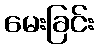
မေးခြင်း